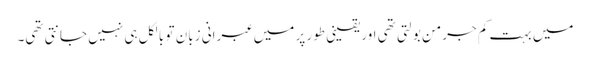
میں بہت کم جرمن بولتی تھی اور یقینی طور پر میں عبرانی زبان تو بالکل ہی نہیں جانتی تھی۔